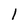
Character: l